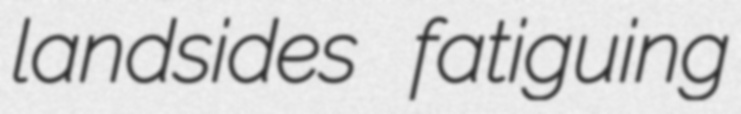
landsides fatiguing